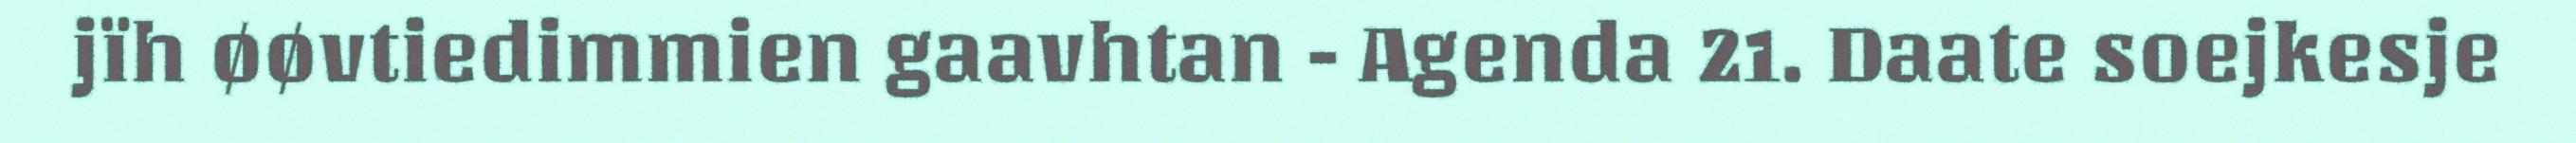
jïh øøvtiedimmien gaavhtan - Agenda 21. Daate soejkesje